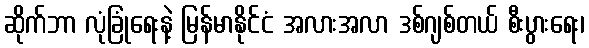
ဆိုက်ဘာ လုံခြုံရေးနဲ့ မြန်မာနိုင်ငံ အလားအလာ ဒစ်ဂျစ်တယ် စီးပွားရေး၊